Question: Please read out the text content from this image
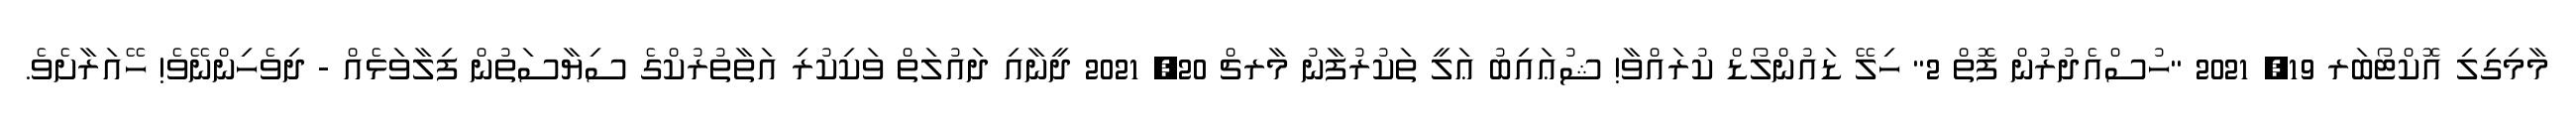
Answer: މާމިގިލި އޮކްޓޯބަރ 19, 2021 "ހުސްއެދުރުން ފޮތް 2" ހިލޭ ޑައުންލޯޑް ކުރައްވާ! ޝުޢައިބު ޢަލީ ތަކުރުފާނު މާރޗް 20, 2021 ދީނާއި ދައުލަތް ވަކިކުރި އަތާތުރުކްގެ ސިޔާސަތުން ފިލާވަޅެއް - ދިވެހިންނޭވެ! ހޭއަރާށެވެ.